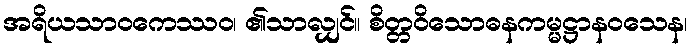
အရိယသာဝကေဿဝ၊ ၏သာလျှင်။ စိတ္တဝိသောဓနကမ္မဋ္ဌာနဝသေန၊